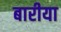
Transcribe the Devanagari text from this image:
बारीया